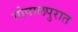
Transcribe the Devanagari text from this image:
गोपालपुरात